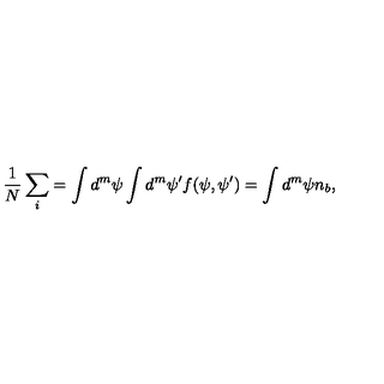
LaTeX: { \frac { 1 } { N } } \sum _ { i } = \int d ^ { m } \psi \int d ^ { m } \psi ^ { \prime } f ( \psi , \psi ^ { \prime } ) = \int d ^ { m } \psi n _ { b } ,